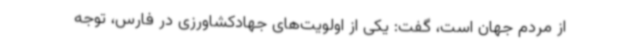
از مردم جهان است، گفت: یکی از اولویت‌های جهادکشاورزی در فارس، توجه